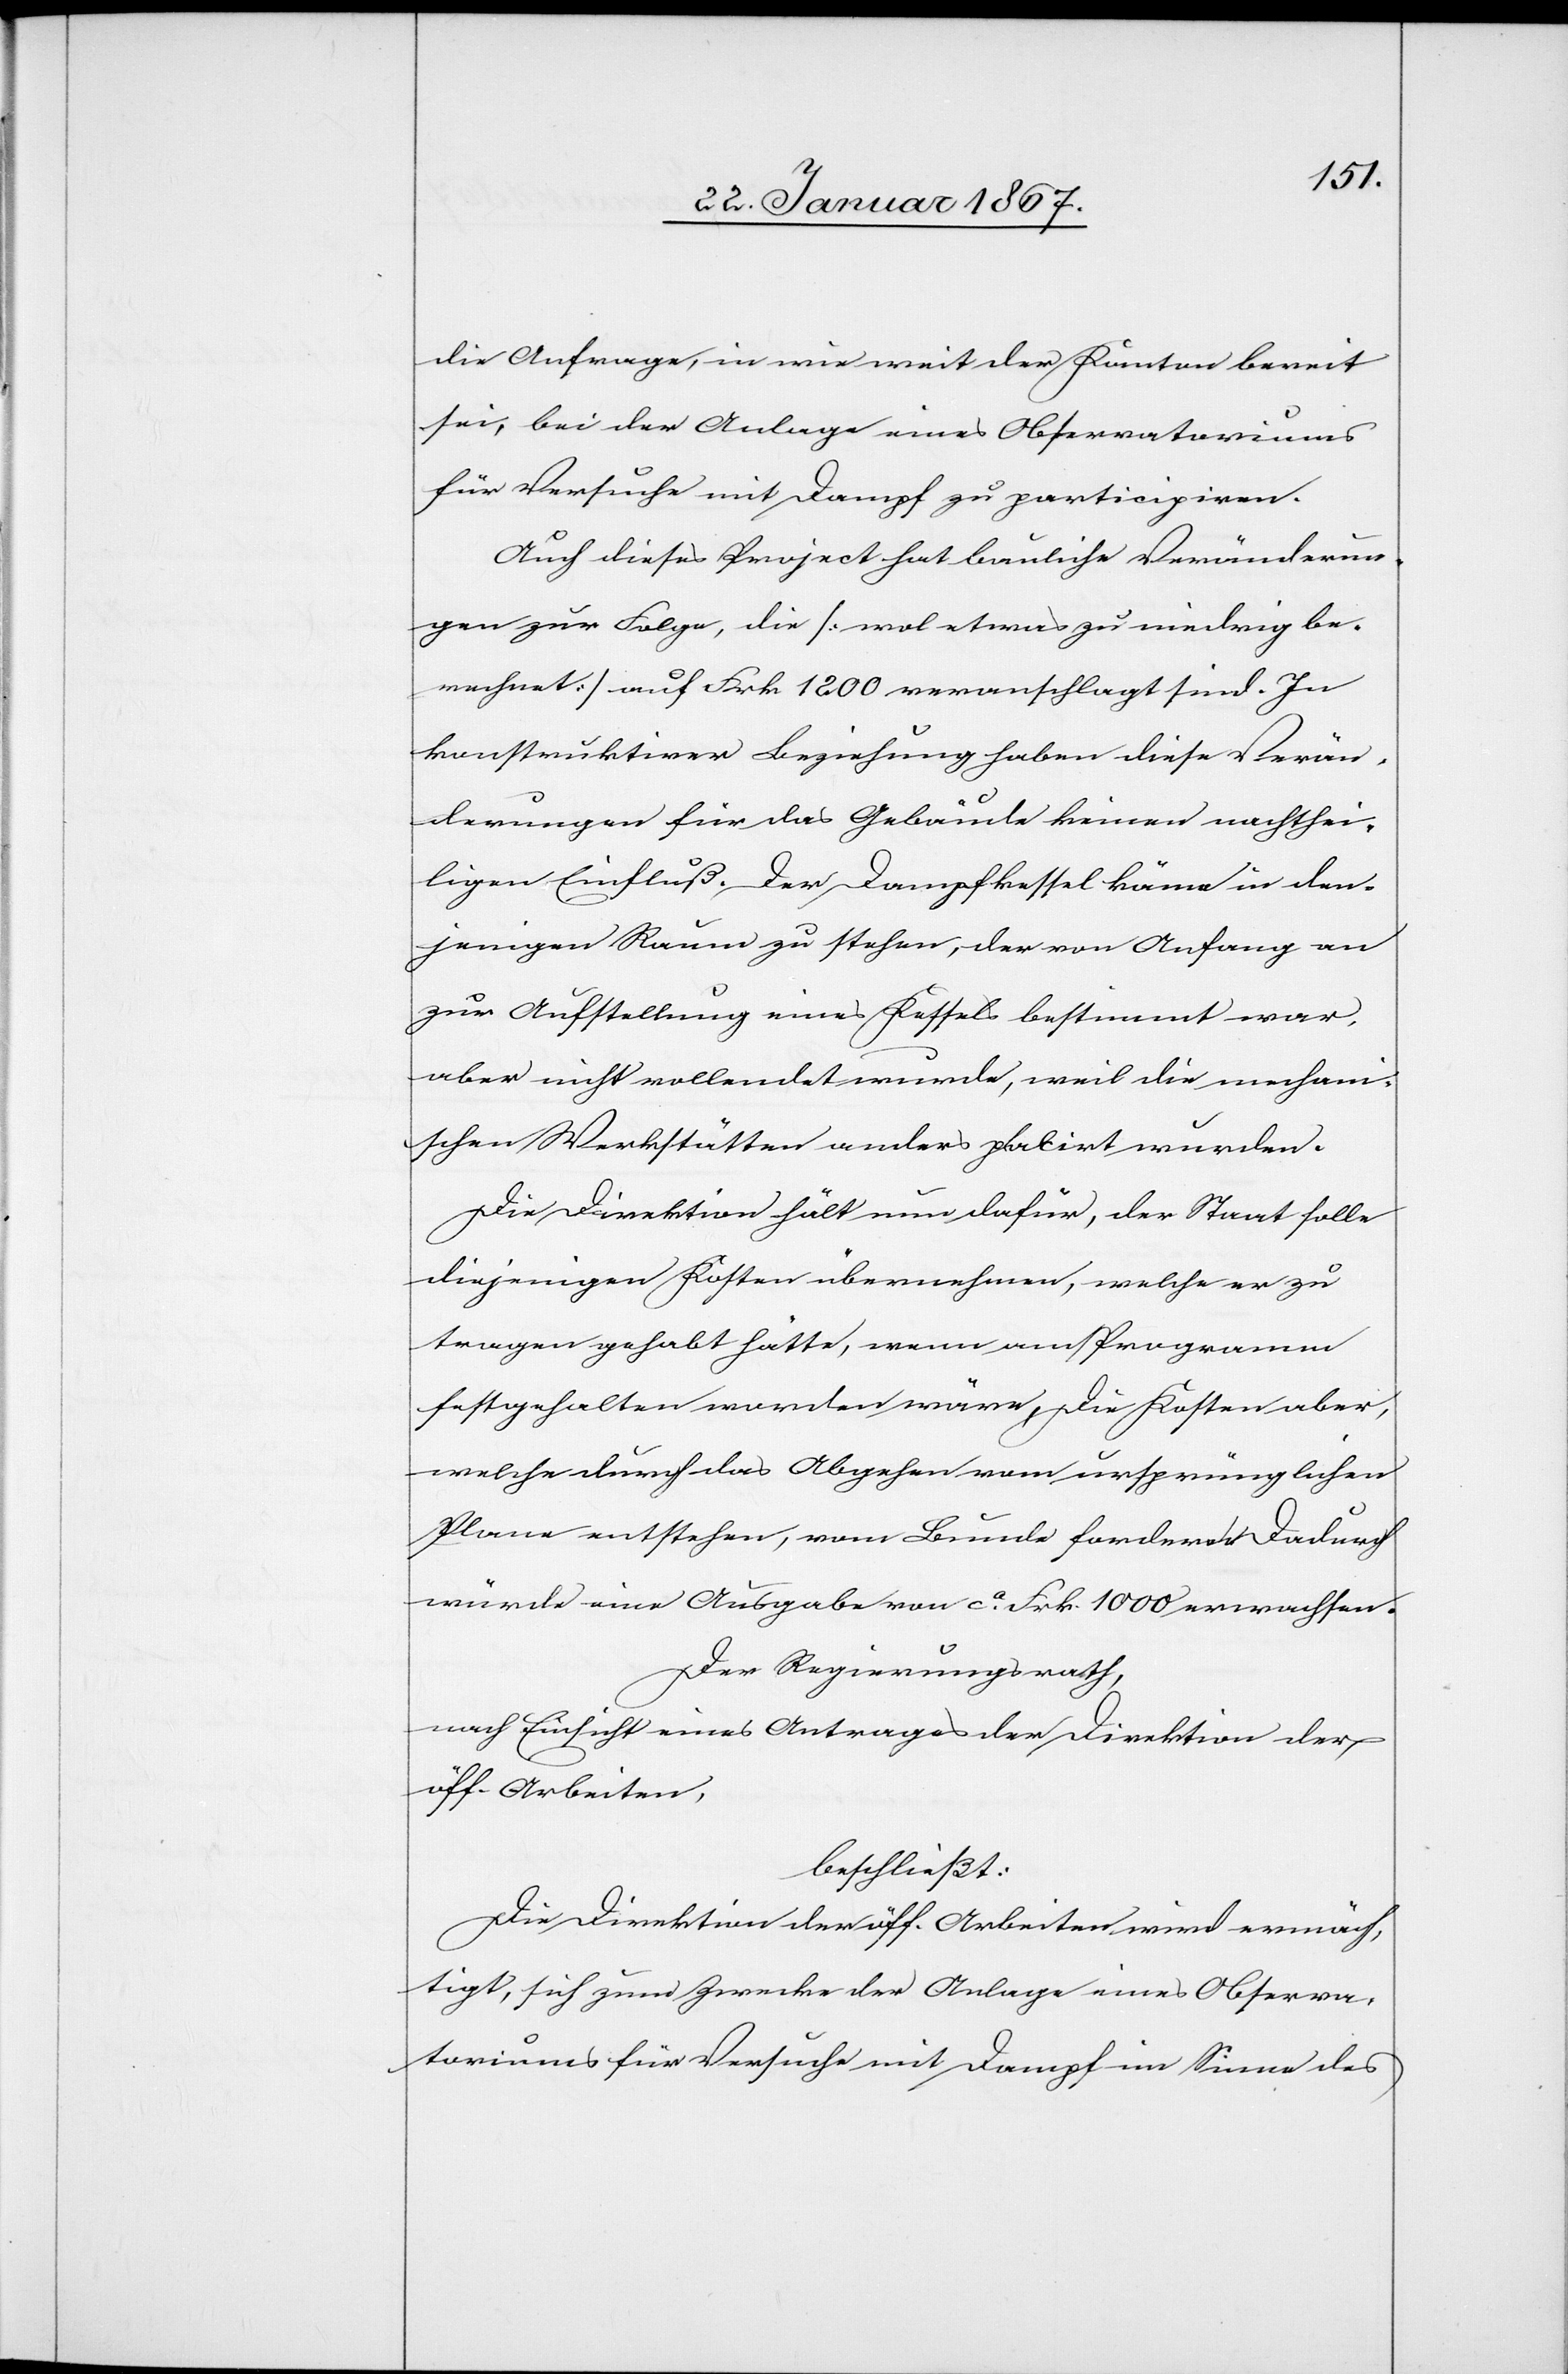
die Anfrage, in wie weit der Kanton bereit
sei, bei der Anlage eines Observatoriums
für Versuche mit Dampf zu participieren.
Auch dieses Project hat bauliche Veränderun¬
gen zur Folge die [mal etwas zu niedrig be¬
rechnet] auf Frk 1200 veranschlagt sind. In
konstruktiver Beziehung haben diese Verän¬
derungen für das Gebäude keinen nachtei¬
ligen Einfluß. Der Dampfkessel käme in den¬
jenigen Raum zu stehen, der von Anfang an
zur Aufstellung eines Kessels bestimmt war,
aber nicht vollendet wurde, weil die mechan¬
ischen Werkstätten anders placirt wurden.
Die Direktion hält nun dafür, der Staat solle
diejenigen Kosten übernehmen, welche er zu
tragen gehabt hätte, wenn am Programm
festgehalten worden wäre, Die Kosten aber,
welche durch das Abgehen vom ursprünglichen
Plane entstehen, vom Bunde fordere. Dadurch
würde eine Ausgabe von ca. Frk. 1000 erwachsen.
Der Regierungsrath,
nach Einsicht eines Antrages der Direktion der
öff. Arbeiten,
beschließt:
Die Direktion der öff. Arbeiten wird ermäch¬
tigt, sich zum Zwecke der Anlage eines Observa¬
toriums für Versuche mit Dampf im Sinne des